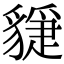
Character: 𧴇